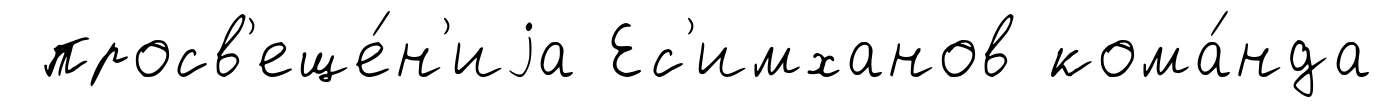
просв'еще́н'иjа Ес'имханов кома́нда